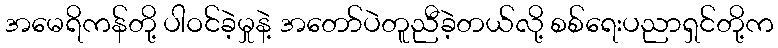
အမေရိကန်တို့ ပါဝင်ခဲ့မှုနဲ့ အတော်ပဲတူညီခဲ့တယ်လို့ စစ်ရေးပညာရှင်တို့က